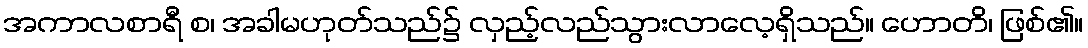
အကာလစာရီ စ၊ အခါမဟုတ်သည်၌ လှည့်လည်သွားလာလေ့ရှိသည်။ ဟောတိ၊ ဖြစ်၏။